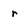
Character: r